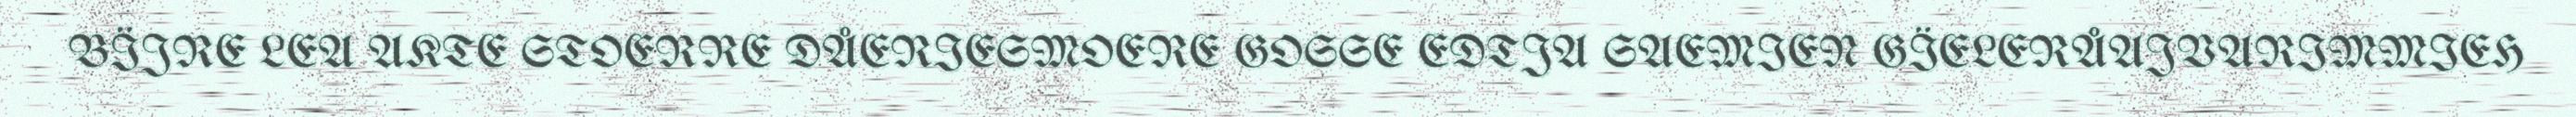
BÏJRE LEA AKTE STOERRE DÅERIESMOERE GOSSE EDTJA SAEMIEN GÏELERÅAJVARIMMIEH